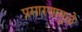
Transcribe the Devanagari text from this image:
प्रसारणामुळे